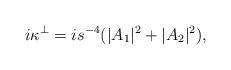
LaTeX: \begin{align*}i\kappa^\perp = is^{-4}(|A_1|^2+|A_2|^2),\end{align*}